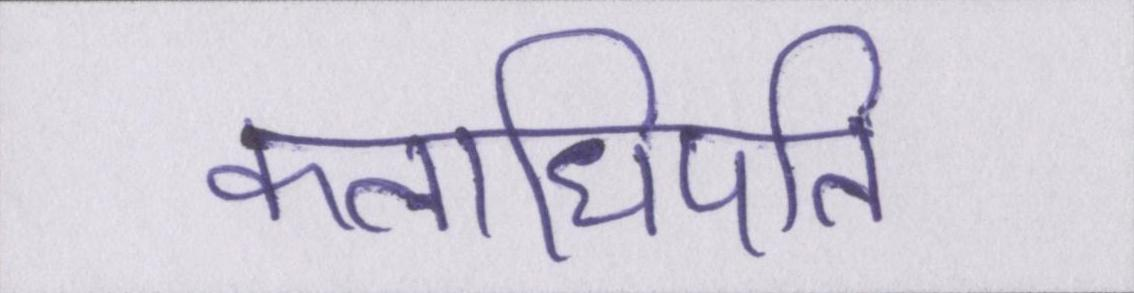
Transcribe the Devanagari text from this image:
कलाधिपति